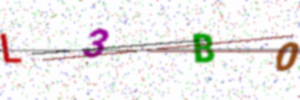
Text: L3B0